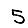
Digit: 5